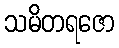
သမိတရဇော